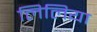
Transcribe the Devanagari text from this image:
लिलिया